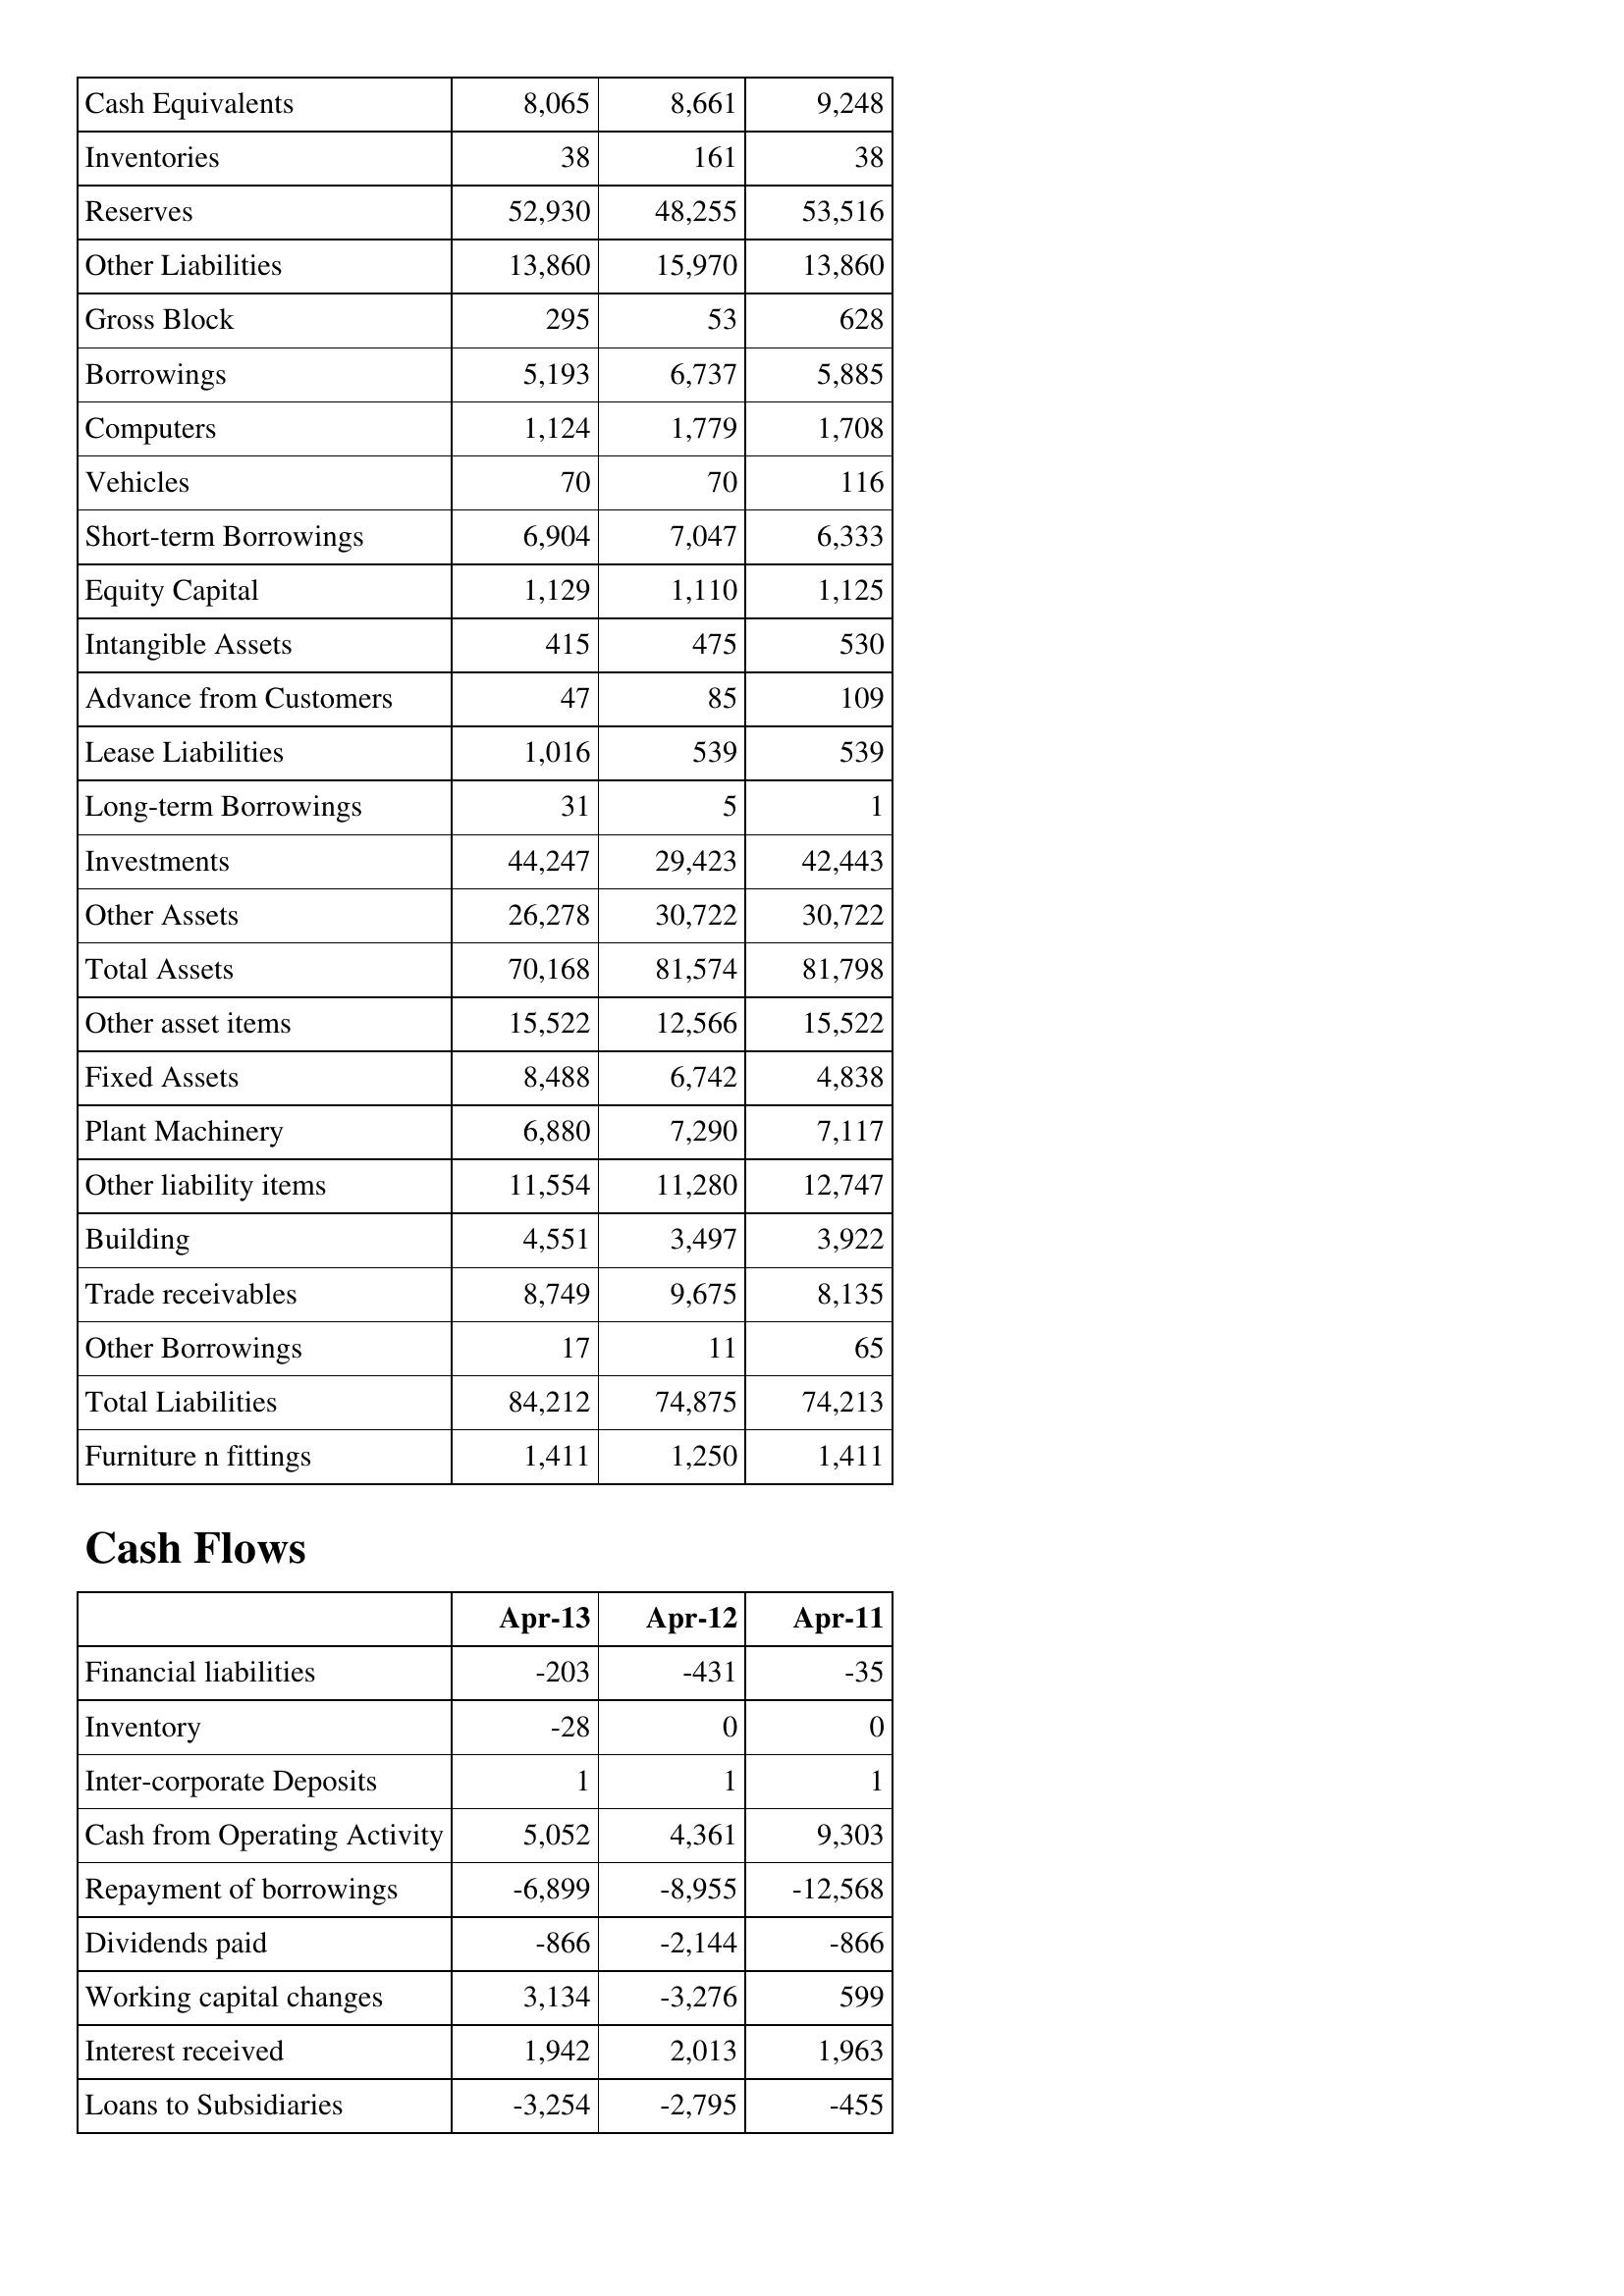
Apr-13: Balance Sheet: Cash Equivalents: 8,065
Inventories: 38
Reserves: 52,930
Other Liabilities: 13,860
Gross Block: 295
Borrowings: 5,193
Computers: 1,124
Vehicles: 70
Short-term Borrowings: 6,904
Equity Capital: 1,129
Intangible Assets: 415
Advance from Customers: 47
Lease Liabilities: 1,016
Long-term Borrowings: 31
Investments: 44,247
Other Assets: 26,278
Total Assets: 70,168
Other asset items: 15,522
Fixed Assets: 8,488
Plant Machinery: 6,880
Other liability items: 11,554
Building: 4,551
Trade receivables: 8,749
Other Borrowings: 17
Total Liabilities: 84,212
Furniture n fittings: 1,411
Cash Flows: Financial liabilities: -203
Inventory: -28
Inter-corporate Deposits: 1
Cash from Operating Activity: 5,052
Repayment of borrowings: -6,899
Dividends paid: -866
Working capital changes: 3,134
Interest received: 1,942
Loans to Subsidiaries: -3,254
Apr-12: Balance Sheet: Cash Equivalents: 8,661
Inventories: 161
Reserves: 48,255
Other Liabilities: 15,970
Gross Block: 53
Borrowings: 6,737
Computers: 1,779
Vehicles: 70
Short-term Borrowings: 7,047
Equity Capital: 1,110
Intangible Assets: 475
Advance from Customers: 85
Lease Liabilities: 539
Long-term Borrowings: 5
Investments: 29,423
Other Assets: 30,722
Total Assets: 81,574
Other asset items: 12,566
Fixed Assets: 6,742
Plant Machinery: 7,290
Other liability items: 11,280
Building: 3,497
Trade receivables: 9,675
Other Borrowings: 11
Total Liabilities: 74,875
Furniture n fittings: 1,250
Cash Flows: Financial liabilities: -431
Inventory: 0
Inter-corporate Deposits: 1
Cash from Operating Activity: 4,361
Repayment of borrowings: -8,955
Dividends paid: -2,144
Working capital changes: -3,276
Interest received: 2,013
Loans to Subsidiaries: -2,795
Apr-11: Balance Sheet: Cash Equivalents: 9,248
Inventories: 38
Reserves: 53,516
Other Liabilities: 13,860
Gross Block: 628
Borrowings: 5,885
Computers: 1,708
Vehicles: 116
Short-term Borrowings: 6,333
Equity Capital: 1,125
Intangible Assets: 530
Advance from Customers: 109
Lease Liabilities: 539
Long-term Borrowings: 1
Investments: 42,443
Other Assets: 30,722
Total Assets: 81,798
Other asset items: 15,522
Fixed Assets: 4,838
Plant Machinery: 7,117
Other liability items: 12,747
Building: 3,922
Trade receivables: 8,135
Other Borrowings: 65
Total Liabilities: 74,213
Furniture n fittings: 1,411
Cash Flows: Financial liabilities: -35
Inventory: 0
Inter-corporate Deposits: 1
Cash from Operating Activity: 9,303
Repayment of borrowings: -12,568
Dividends paid: -866
Working capital changes: 599
Interest received: 1,963
Loans to Subsidiaries: -455